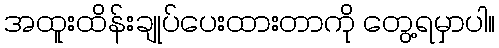
အထူးထိန်းချုပ်ပေးထားတာကို တွေ့ရမှာပါ။